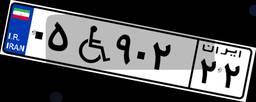
۰۵W۹۰۲۲۲